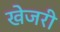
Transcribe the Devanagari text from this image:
खेजरी